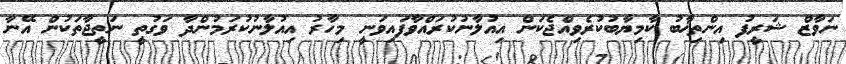
ނަވާޒް ޝަރީފު އިންތިޚާބު ކާމިޔާބުކުރެވިއްޖެކަން އިއުލާނުކުރައްވާފައިވަނީ މިހާރު އިއުލާނުކުރަމުންދާ ވަގުތީ ނަތީޖާތަކުން އޭނާ